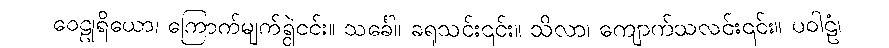
ဝေဠုရိယော၊ ကြောက်မျက်ရွဲ၎င်း။ သင်္ခေါ၊ ခရုသင်း၎င်း။ သိလာ၊ ကျောက်သလင်း၎င်း။ ပဝါဠံ၊